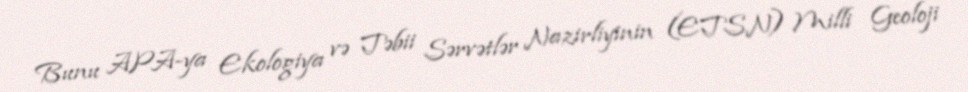
Bunu APA-ya Ekologiya və Təbii Sərvətlər Nazirliyinin (ETSN) Milli Geoloji